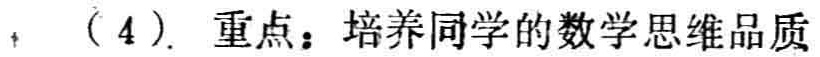
，（4）. 重点：培养同学的数学思维品质